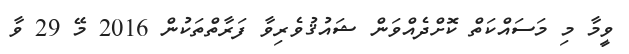
ވީމާ މި މަސައްކަތް ކޮށްދެއްވަން ޝައުޤުވެރިވާ ފަރާތްތަކުން 2016 މޭ 29 ވާ